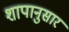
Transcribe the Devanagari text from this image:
शापानुसार